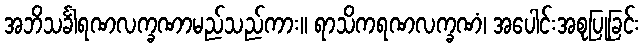
အဘိသင်္ခါရဏလက္ခဏာမည်သည်ကား။ ရာသိကရဏလက္ခဏံ၊ အပေါင်းအစုပြုခြင်း